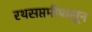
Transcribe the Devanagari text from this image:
रथसप्तमीपासून